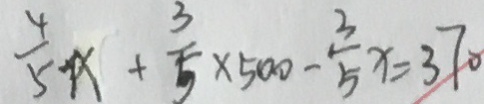
\frac { 4 } { 5 } x + \frac { 3 } { 5 } \times 5 0 0 - \frac { 3 } { 5 } x = 3 7 0